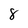
Character: 8